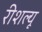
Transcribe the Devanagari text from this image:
रीशल्यू